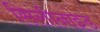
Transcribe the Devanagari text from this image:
सिलीनाइड